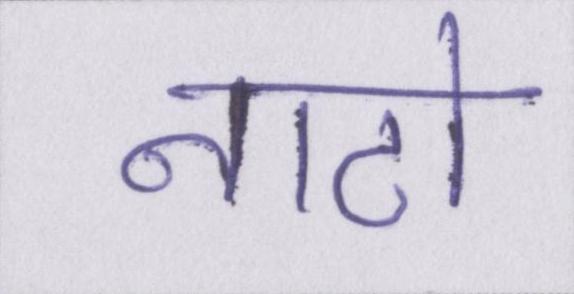
नाटो